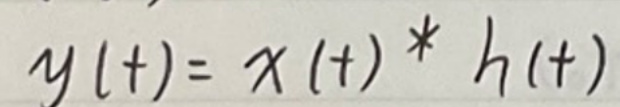
\[y(t)=x(t)*h(t)\]